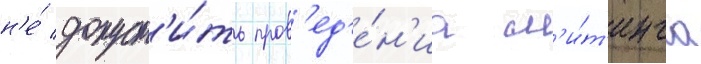
н'е́ допуст'и́ть пров'ед'е́н'иа м'и́т'инга